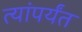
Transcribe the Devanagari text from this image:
त्यांपर्यंत